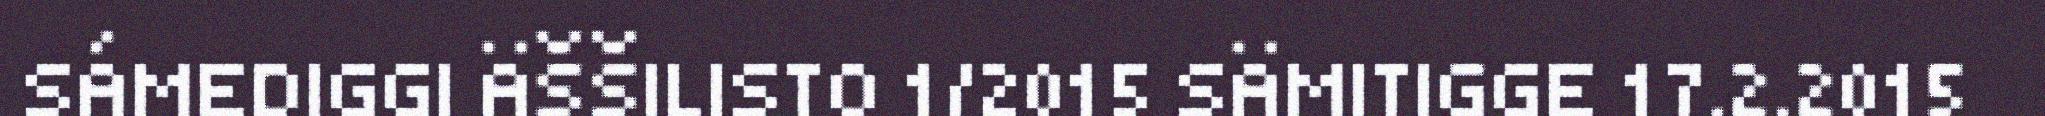
SÁMEDIGGI ÄŠŠILISTO 1/2015 SÄMITIGGE 17.2.2015